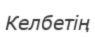
Келбетің